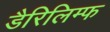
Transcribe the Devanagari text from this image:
डैरिलिम्फ